Black-water fever - Number 35
Disease focus: Fever
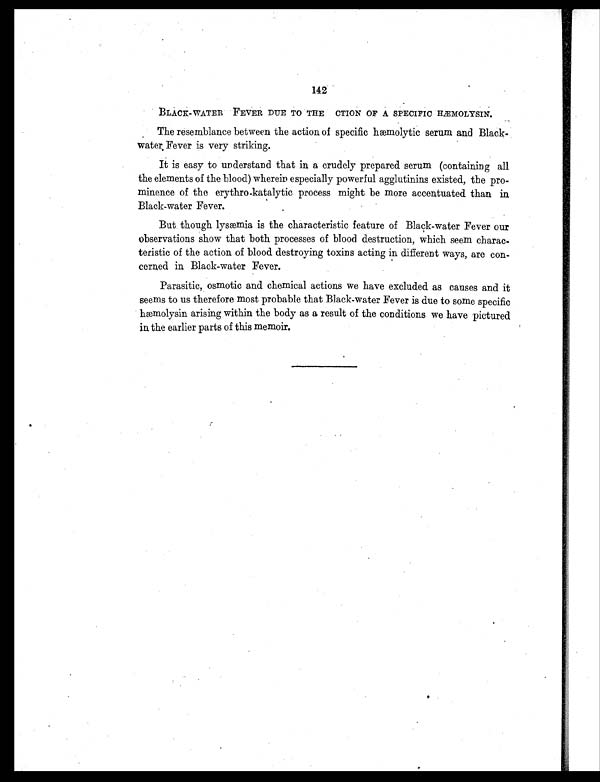
142
BLACK-WATER FEVER DUE TO THE CTION OF A SPECIFIC HÆMOLYSIN.
The resemblance between the action of specific hæmolytic serum and Black-
water Fever is very striking.
It is easy to understand that in a crudely prepared serum (containing all
the elements of the blood) wherein especially powerful agglutinins existed, the pro-
minence of the erythro-katalytic process might be more accentuated than in
Black-water Fever.
But though lysæmia is the characteristic feature of Black-water Fever our
observations show that both processes of blood destruction, which seem charac-
teristic of the action of blood destroying toxins acting in different ways, are con-
cerned in Black-water Fever.
Parasitic, osmotic and chemical actions we have excluded as causes and it
seems to us therefore most probable that Black-water Fever is due to some specific
hæmolysin arising within the body as a result of the conditions we have pictured
in the earlier parts of this memoir.